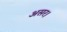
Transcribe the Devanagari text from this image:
असर।